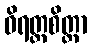
ဝိရတ္တစိတ္တာ